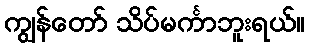
ကျွန်တော် သိပ်မင်္ကာဘူးရယ်။